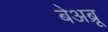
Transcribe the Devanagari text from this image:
बेअब्रू